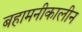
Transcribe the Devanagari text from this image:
बहामनीकालीन